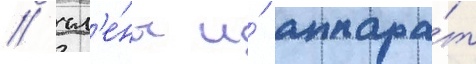
/ чл'е́ны и́ аппара́т